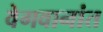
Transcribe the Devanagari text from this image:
वेगवानांत